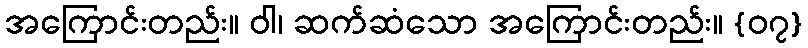
အကြောင်းတည်း။ ဝါ၊ ဆက်ဆံသော အကြောင်းတည်း။ {၀၇}